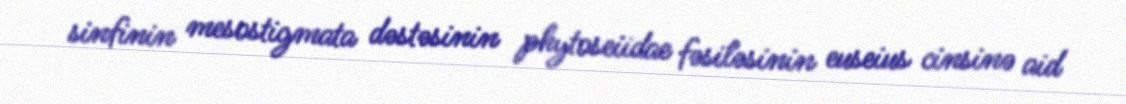
sinfinin mesostigmata dəstəsinin phytoseiidae fəsiləsinin euseius cinsinə aid